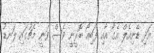
އަދި ޑެނިއެލް އެގާ އާއި ފަބިއޯ ބޮރީނީ ވެސް ވަނީ މެޗުގައި ލަނޑު